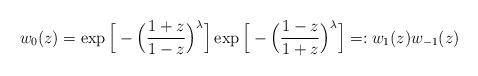
LaTeX: \begin{align*}w_{0}(z)=\exp\Big[-\Big(\frac{1+z}{1-z}\Big)^\lambda\Big]\exp\Big[-\Big(\frac{1-z}{1+z}\Big)^\lambda\Big]=:w_{1}(z)w_{-1}(z)\,\end{align*}